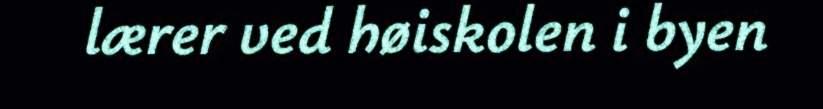
lærer ved høiskolen i byen